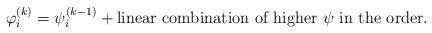
LaTeX: \begin{align*} \varphi_i^{(k)} = \psi_i^{(k-1)} + \mbox{linear combination of higher $\psi$ in the order}.\end{align*}